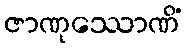
ဇာဏုဿောဏိံ